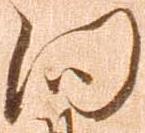
向